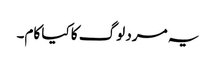
یہ مرد لوگ کا کیا کام۔